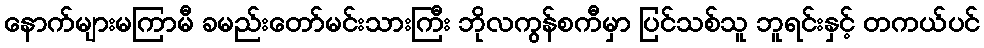
နောက်များမကြာမီ ခမည်းတော်မင်းသားကြီး ဘိုလကွန်စကီမှာ ပြင်သစ်သူ ဘူရင်းနှင့် တကယ်ပင်